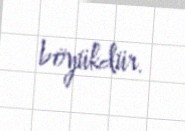
böyükdür.